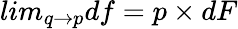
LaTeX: lim_{q\to p}df=p\times dF